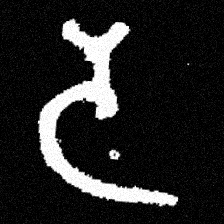
Pyu character \u2014 Myanmar letter: ဒ (romanized: da)